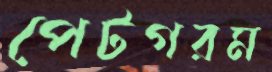
পেটগরম